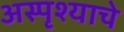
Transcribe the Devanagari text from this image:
अस्पृश्‍याचे